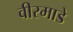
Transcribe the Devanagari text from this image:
वीरमाडे